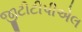
જીટીટીપીએલ